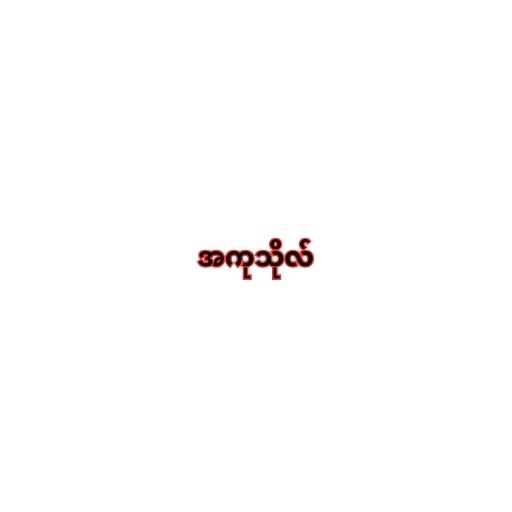
အကုသိုလ်